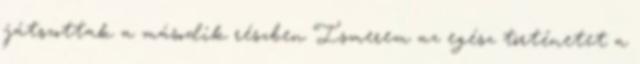
játszottak a második részben Ismerem az egész történetet a